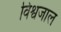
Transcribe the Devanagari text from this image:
विश्वजाल